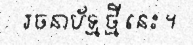
រចនាប័ទ្ម ថ្មី នេះ ។